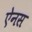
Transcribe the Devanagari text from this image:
ऐनस